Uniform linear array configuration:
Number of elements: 24
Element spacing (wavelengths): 0.5
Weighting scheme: hamming
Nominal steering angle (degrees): -15
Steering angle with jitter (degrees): -14.126
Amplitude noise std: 0.05
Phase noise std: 0.05

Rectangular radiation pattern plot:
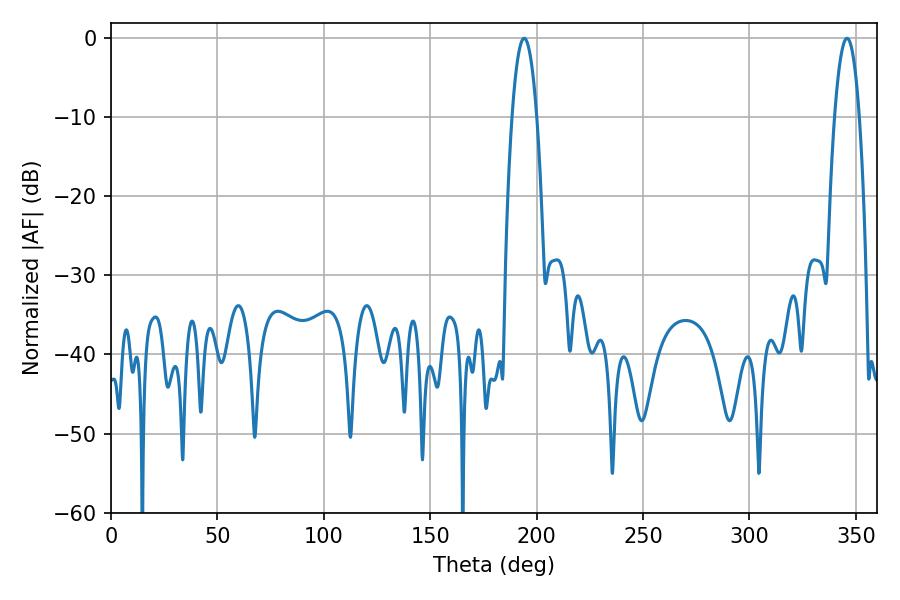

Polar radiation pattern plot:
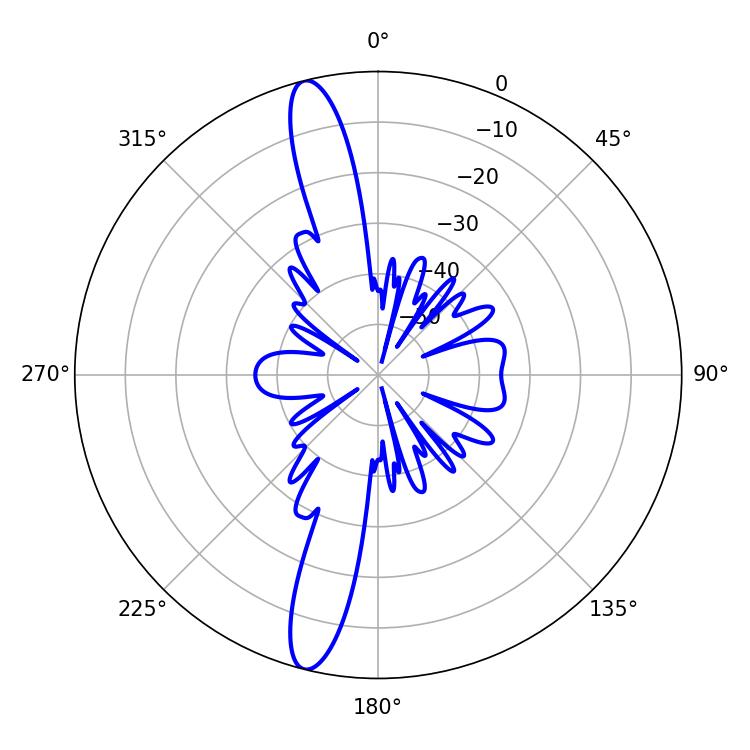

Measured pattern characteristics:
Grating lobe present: FALSE
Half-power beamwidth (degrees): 6.48
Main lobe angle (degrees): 194.22